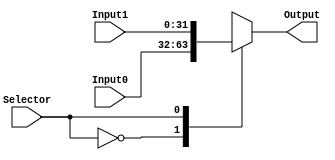
`timescale 1ns / 1ps

module MuxData(Output, Input0, Input1,Selector);
    output reg [31:0] Output;
    input [31:0] Input0, Input1;
    input [0:0] Selector;
    
    initial begin
        Output=32'd0;
    end 
	 
    always @ (Input0 or Input1 or Selector) begin
        case (Selector)
            0: Output = Input0;
            1: Output = Input1;
			default:Output =32'd0;
        endcase
    end
endmodule